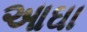
આઘા